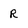
Character: R